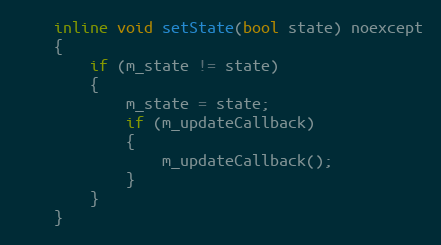
Language: C
    inline void setState(bool state) noexcept
    {
        if (m_state != state)
        {
            m_state = state;
            if (m_updateCallback)
            {
                m_updateCallback();
            }
        }
    }